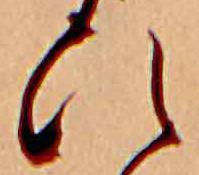
ひ